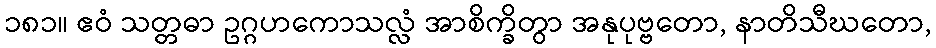
၁၈၁။ ဧဝံ သတ္တဓာ ဥဂ္ဂဟကောသလ္လံ အာစိက္ခိတွာ အနုပုဗ္ဗတော, နာတိသီဃတော,